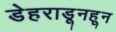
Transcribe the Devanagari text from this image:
डेहराडूनहून